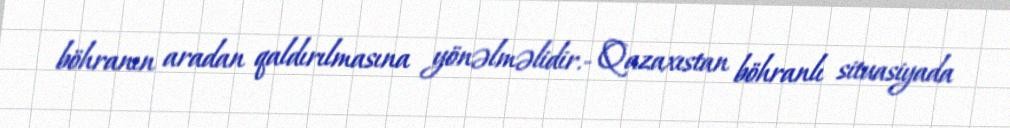
böhranın aradan qaldırılmasına yönəlməlidir.- Qazaxıstan böhranlı situasiyada